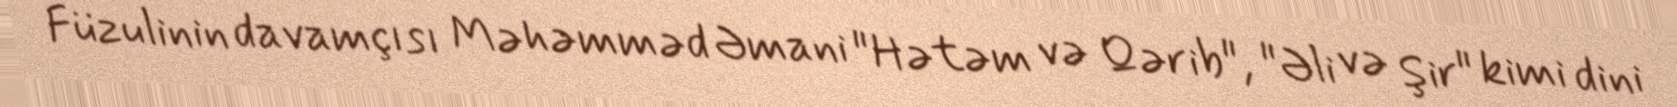
Füzulinin davamçısı Məhəmməd Əmani "Hətəm və Qərib", "Əli və Şir" kimi dini